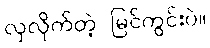
လှလိုက်တဲ့ မြင်ကွင်းပဲ။